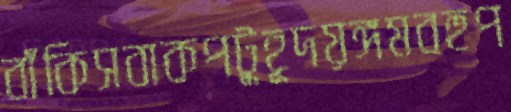
বাঁকিসবাকপটুুহূদয়ঙ্গমবহুপ